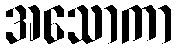
အသောကာ